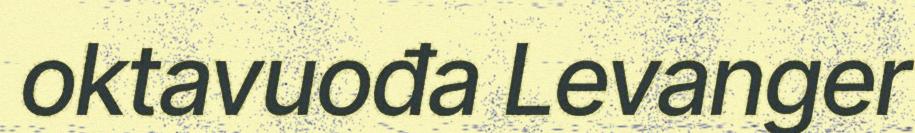
oktavuođa Levanger